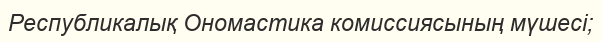
Республикалық Ономастика комиссиясының мүшесі;